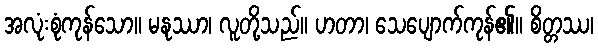
အလုံးစုံကုန်သော။ မနုဿာ၊ လူတို့သည်။ ဟတာ၊ သေပျောက်ကုန်၏။ စိတ္တဿ၊